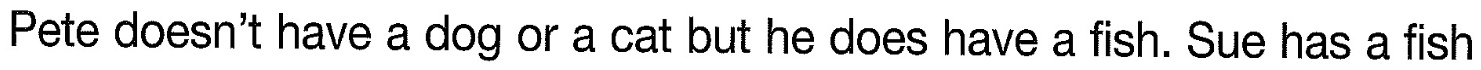
Pete doesn't have a dog or a cat but he does have a fish. Sue has a fish